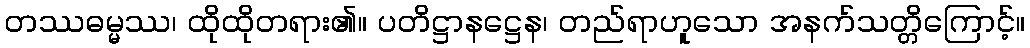
တဿဓမ္မဿ၊ ထိုထိုတရား၏။ ပတိဋ္ဌာနဋ္ဌေန၊ တည်ရာဟူသော အနက်သတ္တိကြောင့်။